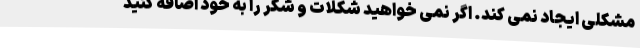
مشکلی ایجاد نمی کند. اگر نمی خواهید شکلات و شکر را به خود اضافه کنید